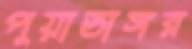
পুয়াডাঙ্গর